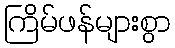
ကြိမ်ဖန်များစွာ